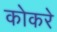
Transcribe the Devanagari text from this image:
कोकरे